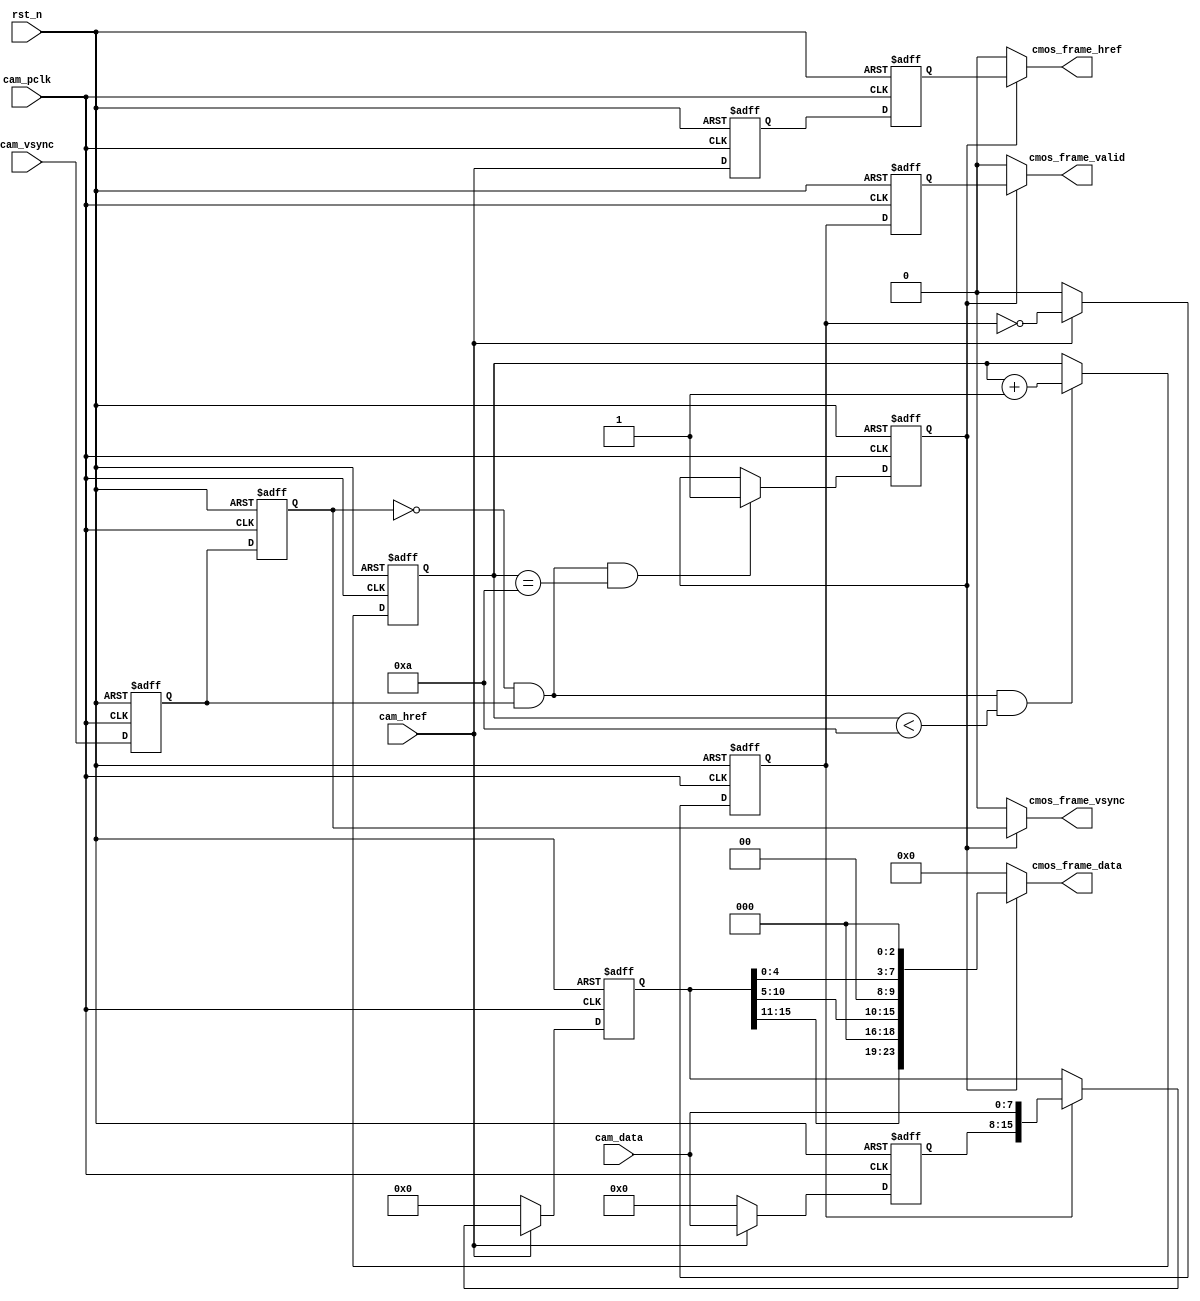
//****************************************Copyright (c)***********************************//
//
// Last modified Date   : 2023/05/18
// Created date         : 2023/05/18  
// Descriptions         : OV56408bitrgb888       
//
//****************************************************************************************//
module cmos_capture_data(
    input                               rst_n                      ,//    
    //                           
    input                               cam_pclk                   ,//cmos 
    input                               cam_vsync                  ,//cmos 
    input                               cam_href                   ,//cmos 
    input              [   7:0]         cam_data                   ,
    //                              
    output                              cmos_frame_vsync           ,//    
    output                              cmos_frame_href            ,//
    output                              cmos_frame_valid           ,//
    output             [  23:0]         cmos_frame_data             //        
    );

//10
//
//parameter define
    parameter                           WAIT_FRAME = 4'd10         ;//            
							     
//reg define                     
reg                                     cam_vsync_d0               ;
reg                                     cam_vsync_d1               ;
reg                                     cam_href_d0                ;
reg                                     cam_href_d1                ;
reg                    [   3:0]         cmos_ps_cnt                ;//
reg                    [   7:0]         cam_data_d0                ;
reg                    [  15:0]         cmos_data_t                ;//816
reg                                     byte_flag                  ;//16RGB
reg                                     byte_flag_d0               ;
reg                                     frame_val_flag             ;//
 
//wire difine
wire                                    pos_vsync                  ;//

//*****************************************************
//**                    main code
//*****************************************************

//
assign pos_vsync = (~cam_vsync_d1) & cam_vsync_d0;

//
assign  cmos_frame_vsync = frame_val_flag  ?  cam_vsync_d1  :  1'b0;

//
assign  cmos_frame_href  = frame_val_flag  ?  cam_href_d1   :  1'b0;

//
assign  cmos_frame_valid = frame_val_flag  ?  byte_flag_d0  :  1'b0;

//rgb565rgb888
assign  cmos_frame_data  = frame_val_flag  ?  {cmos_data_t[15:11],3'b0,cmos_data_t[10:5],2'b0,cmos_data_t[4:0],3'b0} : 23'b0;

always @(posedge cam_pclk or negedge rst_n) begin
    if(!rst_n) begin
        cam_vsync_d0 <= 1'b0;
        cam_vsync_d1 <= 1'b0;
        cam_href_d0 <= 1'b0;
        cam_href_d1 <= 1'b0;
    end
    else begin
        cam_vsync_d0 <= cam_vsync;
        cam_vsync_d1 <= cam_vsync_d0;
        cam_href_d0 <= cam_href;
        cam_href_d1 <= cam_href_d0;
    end
end

//
always @(posedge cam_pclk or negedge rst_n) begin
    if(!rst_n)
        cmos_ps_cnt <= 4'd0;
    else if(pos_vsync && (cmos_ps_cnt < WAIT_FRAME))
        cmos_ps_cnt <= cmos_ps_cnt + 4'd1;
end

//
always @(posedge cam_pclk or negedge rst_n) begin
    if(!rst_n)
        frame_val_flag <= 1'b0;
    else if(pos_vsync && (cmos_ps_cnt == WAIT_FRAME))
        frame_val_flag <= 1'b1;
    else;
end

//816RGB565        
always @(posedge cam_pclk or negedge rst_n) begin
    if(!rst_n) begin
        cmos_data_t <= 16'd0;
        cam_data_d0 <= 8'd0;
        byte_flag <= 1'b0;
    end
    else if(cam_href) begin
        byte_flag <= ~byte_flag;
        cam_data_d0 <= cam_data;
        if(byte_flag)
            cmos_data_t <= {cam_data_d0,cam_data};
			//cmos_data_t <= cmos_data_t+1'b1;
        else;
    end
    else begin
        cmos_data_t <= 16'd0;
        byte_flag <= 1'b0;
        cam_data_d0 <= 8'b0;
    end
end

//(cmos_frame_valid)
always @(posedge cam_pclk or negedge rst_n) begin
    if(!rst_n)
        byte_flag_d0 <= 1'b0;
    else
        byte_flag_d0 <= byte_flag;	
end 
       
endmodule